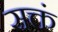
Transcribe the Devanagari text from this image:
सक्तं